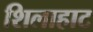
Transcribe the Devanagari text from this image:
शिलाहाट